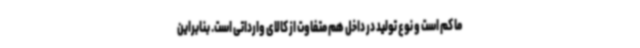
ما کم است و نوع تولید در داخل هم متفاوت از کالای وارداتی است. بنابراین